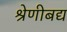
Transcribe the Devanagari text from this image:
श्रेणीबद्य